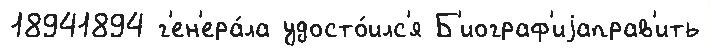
18941894 г'ен'ера́ла удосто́илс'я Б'иограф'иjаправ'ить